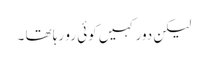
لیکن دور کہیں کوئی رو رہا تھا ۔